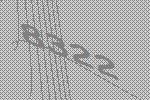
8322